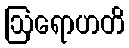
ဩရောဟတိ